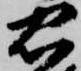
忠